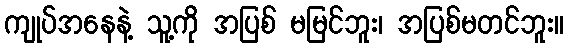
ကျုပ်အနေနဲ့ သူ့ကို အပြစ် မမြင်ဘူး၊ အပြစ်မတင်ဘူး။